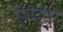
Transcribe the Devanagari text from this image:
ईडीटीवी